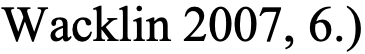
Wacklin 2007, 6.)